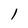
Character: l